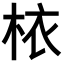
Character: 𣐿